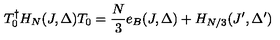
T _ { 0 } ^ { \dag } H _ { N } ( J , \Delta ) T _ { 0 } = \frac { N } { 3 } e _ { B } ( J , \Delta ) + H _ { N / 3 } ( J ^ { \prime } , \Delta ^ { \prime } )